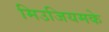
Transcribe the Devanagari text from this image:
मिउजियमके